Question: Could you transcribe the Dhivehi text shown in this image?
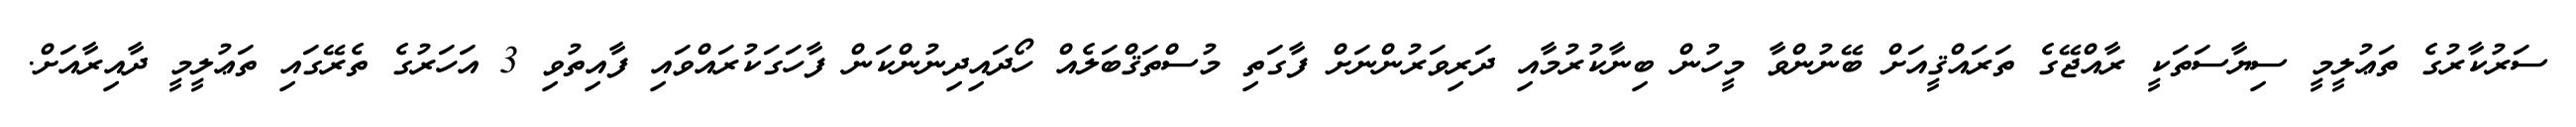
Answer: ސަރުކާރުގެ ތަޢުލީމީ ސިޔާސަތަކީ ރާއްޖޭގެ ތަރައްޤީއަށް ބޭނުންވާ މީހުން ބިނާކުރުމާއި ދަރިވަރުންނަށް ފާގަތި މުސްތަޤްބަލެއް ހޯދައިދިނުންކަން ފާހަގަކުރައްވައި ފާއިތުވި 3 އަހަރުގެ ތެރޭގައި ތަޢުލީމީ ދާއިރާއަށް.